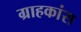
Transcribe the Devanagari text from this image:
ग्राहकांस